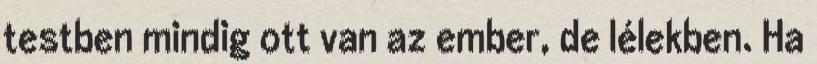
testben mindig ott van az ember, de lélekben. Ha